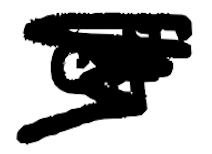
Text: of
Cross-out: scratch
Writing tool: digital_black